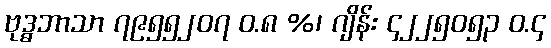
ဗုဒ္ဓဘာသာ ၇၉၅၅၂၀၇ ဝ.၈ %၊ ဂျိန်း ၄၂၂၅၀၅၃ ဝ.၄